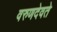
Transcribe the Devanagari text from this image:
वरुणदेवते